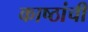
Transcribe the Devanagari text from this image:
काष्ठांची